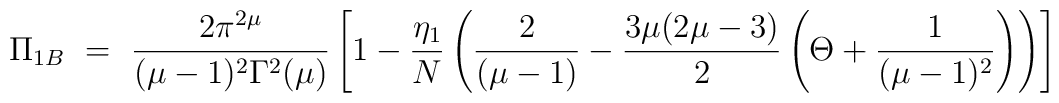
\Pi_{1B} ~=~ \frac{2\pi^{2\mu}}{(\mu-1)^2\Gamma^2(\mu)} \left[1 - \frac{\eta_1}{N} \left( \frac{2}{(\mu-1)} - \frac{3\mu(2\mu-3)}{2}\left( \Theta+ \frac{1}{(\mu-1)^2} \right) \right) \right]